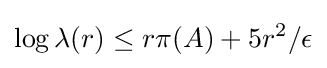
\log \lambda (r)\leq r\pi (A)+5r^{2}/\epsilon